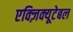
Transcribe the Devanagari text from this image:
एक्ज़िक्यूटेबल